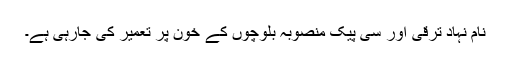
نام نہاد ترقی اور سی پیک منصوبہ بلوچوں کے خون پر تعمیر کی جارہی ہے۔